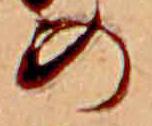
の